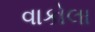
વાકોલા